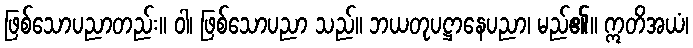
ဖြစ်သောပညာတည်း။ ဝါ၊ ဖြစ်သောပညာ သည်။ ဘယတုပဋ္ဌာနေပညာ၊ မည်၏။ ဣတိအယံ၊